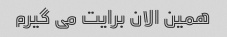
همین الان برایت می گیرم